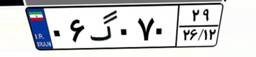
۰۶گ۰۷۰۲۹